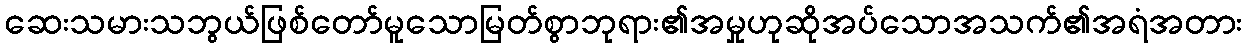
ဆေးသမားသဘွယ်ဖြစ်တော်မူသောမြတ်စွာဘုရား၏အမှုဟုဆိုအပ်သောအသက်၏အရံအတား